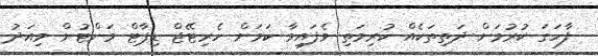
ފާހަގަ ކުރުމަށް ދަތިތަކެއް ކުރިމަތި ވެފައިވާ ކަމަށް ހެރިޓޭޖް ޑިޕާޓް މަންޓުން މިއަދު